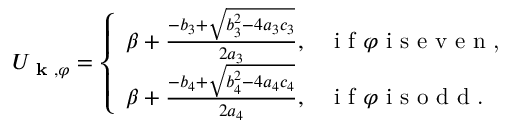
\begin{array} { r } { U _ { \textbf { k } , \varphi } = \left\{ \begin{array} { l l } { \beta + \frac { - b _ { 3 } + \sqrt { b _ { 3 } ^ { 2 } - 4 a _ { 3 } c _ { 3 } } } { 2 a _ { 3 } } , } & { \textup { i f } \varphi \textup { i s e v e n , } } \\ { \beta + \frac { - b _ { 4 } + \sqrt { b _ { 4 } ^ { 2 } - 4 a _ { 4 } c _ { 4 } } } { 2 a _ { 4 } } , } & { \textup { i f } \varphi \textup { i s o d d . } } \end{array} \right. } \end{array}